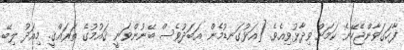
ފާހަގަވާންޖެހޭނެ ކަމަށް ވިދާޅުވިއެވެ. [އަޅުގަނޑުމެން އަބަދުވެސް ބޭނުންވަނީ ޤައުމުގެ ތަރައްޤީ. މިއަދު ލިބޭ